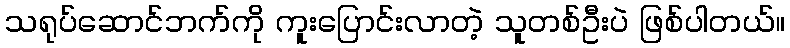
သရုပ်ဆောင်ဘက်ကို ကူးပြောင်းလာတဲ့ သူတစ်ဦးပဲ ဖြစ်ပါတယ်။